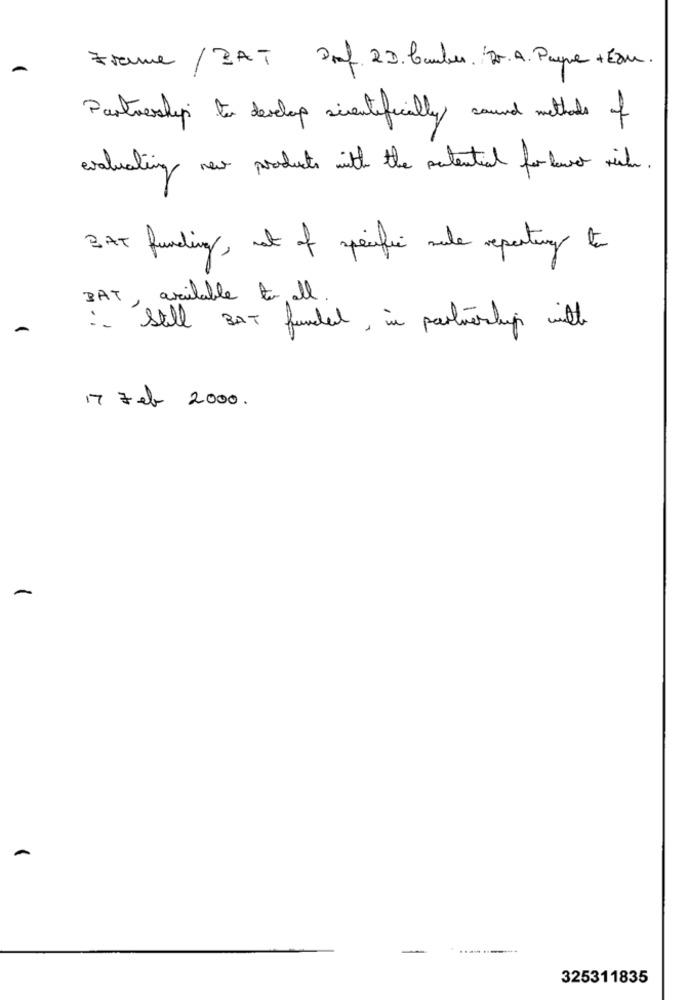
Frame / DAT Prof. 23.Camber. Dr.A. Paspre+COM.
Partnership to develop scientifically sound methods of
evaluating new
products with the potential for two ride.
BAT funding, met of specific mule repeating to
BAT, available to all.
:- Still BAT funded, in partnership with
17 Feb 2000.
-
325311835